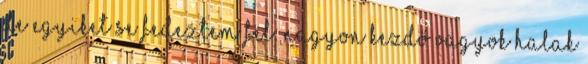
de egyiket se fedeztem fel. Nagyon kezdő vagyok halak